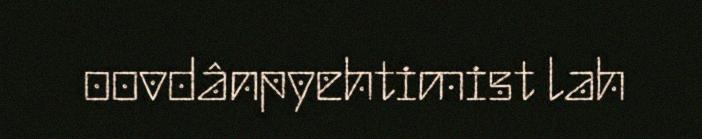
oovdânpyehtimist lah